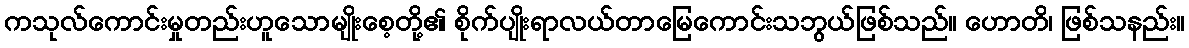
ကသုလ်ကောင်းမှုတည်းဟူသောမျိုးစေ့တို့၏ စိုက်ပျိုးရာလယ်တာမြေကောင်းသဘွယ်ဖြစ်သည်။ ဟောတိ၊ ဖြစ်သနည်း။